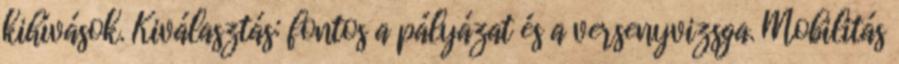
kihívások. Kiválasztás: fontos a pályázat és a versenyvizsga. Mobilitás